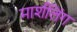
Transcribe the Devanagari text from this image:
मार्शलिंग